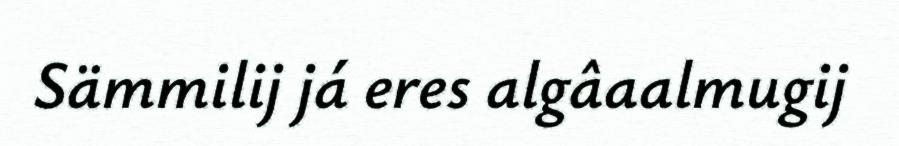
Sämmilij já eres algâaalmugij